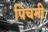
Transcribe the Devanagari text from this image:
पिचमी